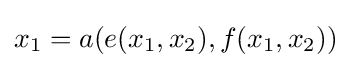
x_{1}=a(e(x_{1},x_{2}),f(x_{1},x_{2}))